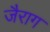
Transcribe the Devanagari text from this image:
जैराग